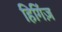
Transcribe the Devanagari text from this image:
हिगिंज़